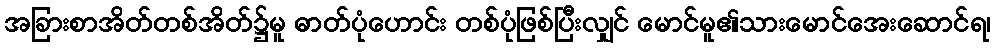
အခြားစာအိတ်တစ်အိတ်၌မူ ဓာတ်ပုံဟောင်း တစ်ပုံဖြစ်ပြီးလျှင် မောင်မူ၏သားမောင်အေးဆောင်ရ၊